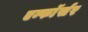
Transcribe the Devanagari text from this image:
एन्फाॅर्सर